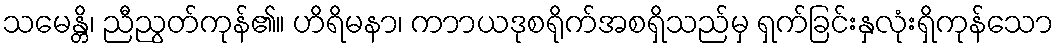
သမေန္တိ၊ ညီညွတ်ကုန်၏။ ဟိရိမနာ၊ ကာာယဒုစရိုက်အစရှိသည်မှ ရှက်ခြင်းနှလုံးရှိကုန်သော